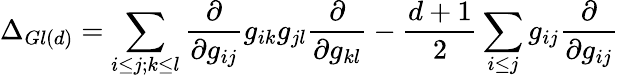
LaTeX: \Delta_{Gl(d)}=\sum_{i\leq j;k\leq l}\frac{\partial}{\partial g_{ij}}g_{ik}g_{jl}\frac{\partial}{\partial g_{kl}}-\frac{d+1}{2}\sum_{i\leq j}g_{ij}\frac{\partial}{\partial g_{ij}}